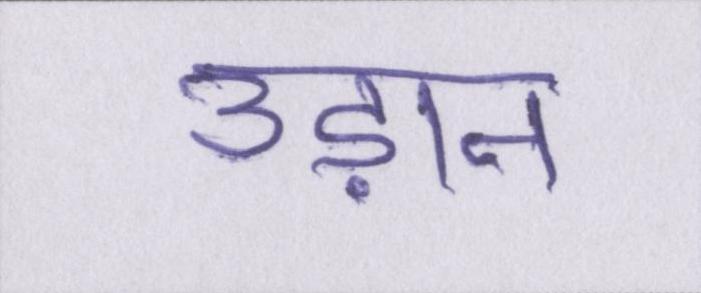
उड़ान